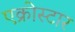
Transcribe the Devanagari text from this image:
एक्रोस्टार